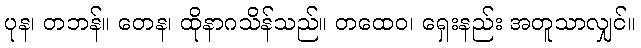
ပုန၊ တဘန်။ တေန၊ ထိုနာဂသိန်သည်။ တထေဝ၊ ရှေးနည်း အတူသာလျှင်။